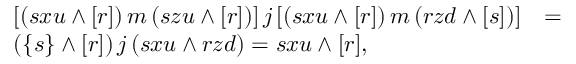
\begin{array} { l l l } { { [ ( s x u \wedge [ r ] ) \, m \, ( s z u \wedge [ r ] ) ] \, j \, [ ( s x u \wedge [ r ] ) \, m \, ( r z d \wedge [ s ] ) ] } } & { { = } } & { { } } \\ { { ( \{ s \} \wedge [ r ] ) \, j \, ( s x u \wedge r z d ) = s x u \wedge [ r ] , } } & { { } } & { { } } \end{array}